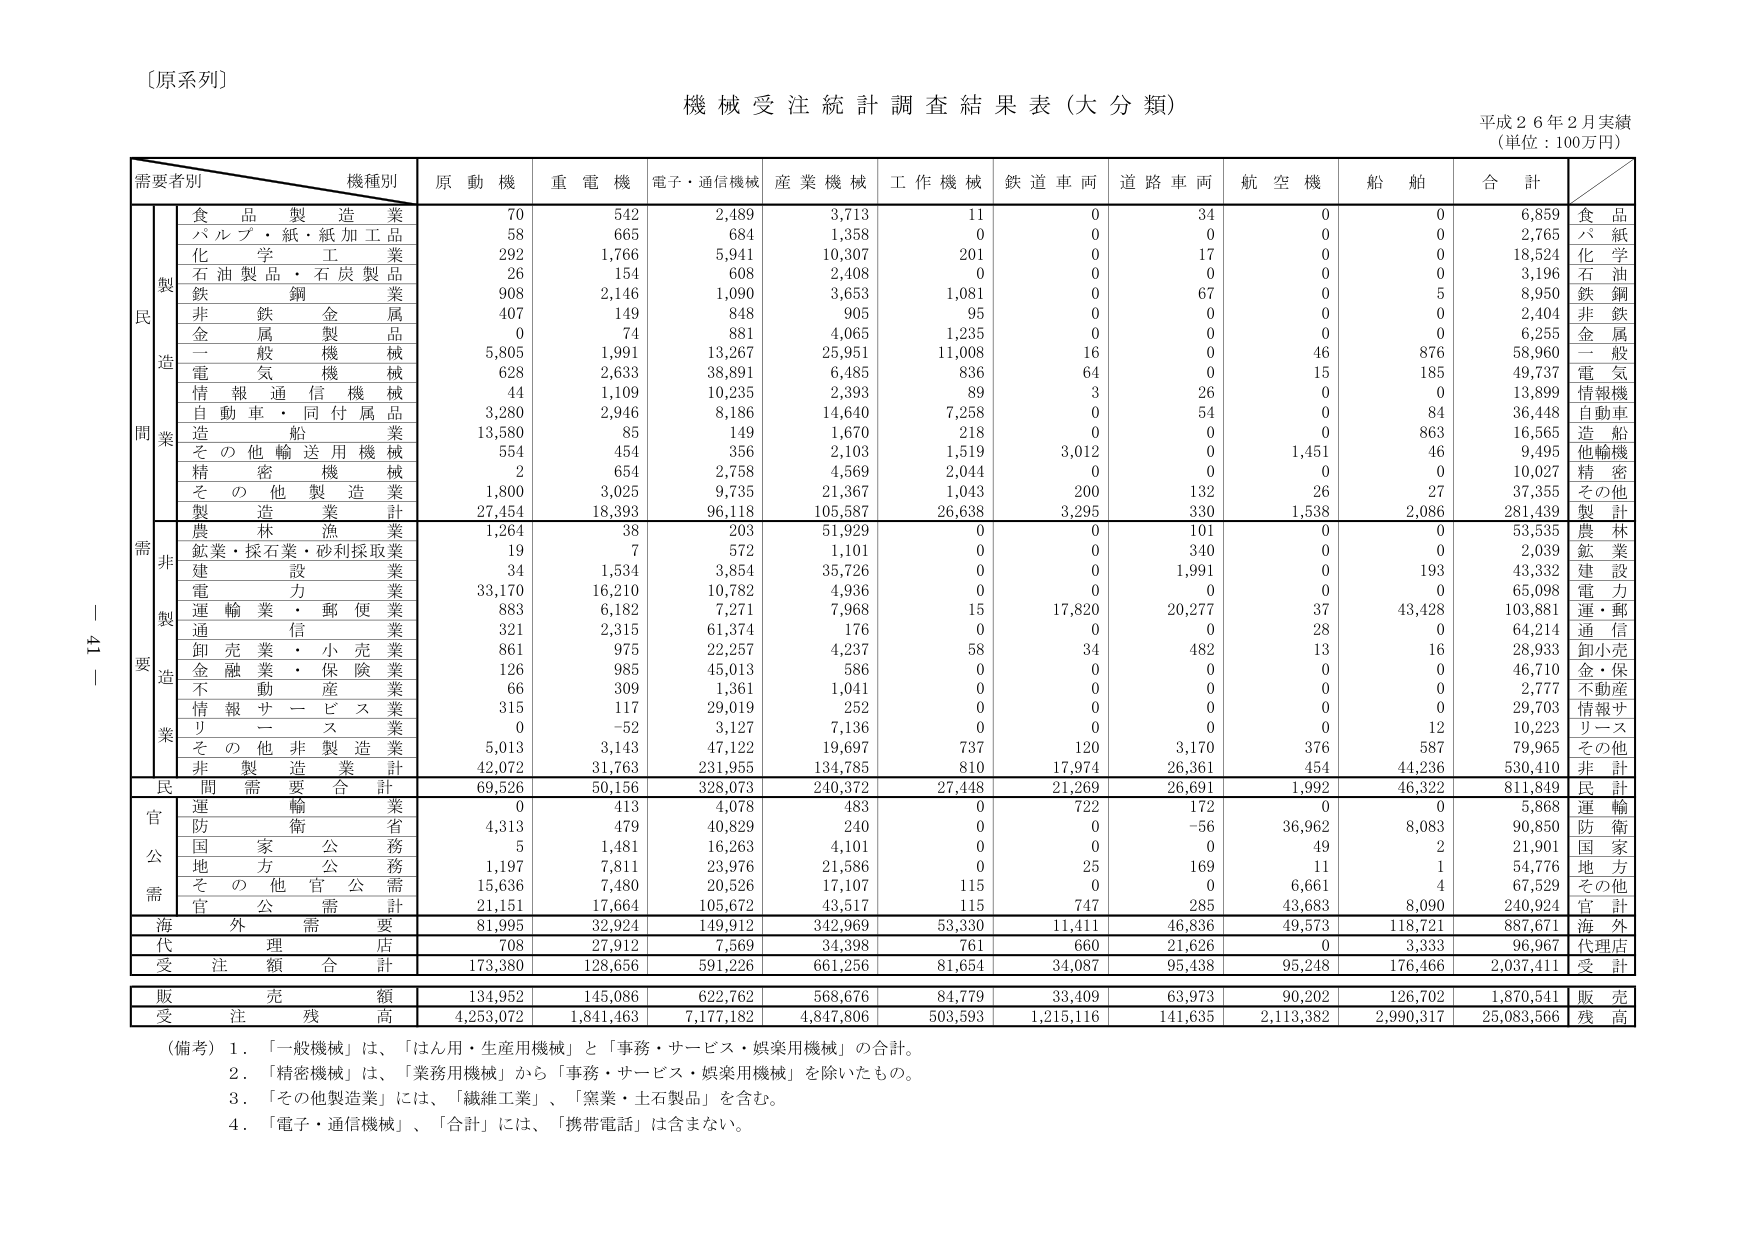
〔原系列〕

機械受注統計調査結果表（大分類）

平成２６年２月実績
（単位：100万円）

需要者別　　機種別　　原動機　　重電機　　電子・通信機械　　産業機械　　工作機械　　鉄道車両　　道路車両　　航空機　　船舶　　合計